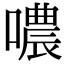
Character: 噥